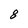
Character: 8